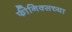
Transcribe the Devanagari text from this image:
फीनिक्सच्या